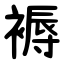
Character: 褥